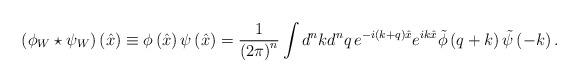
LaTeX: \begin{align*}\left( \phi_W \star \psi_W\right)\left( \hat{x}\right)\equiv\phi\left(\hat{x}\right) \psi\left( \hat{x}\right) = \frac{1}{\left( 2\pi\right)^n}\int d^n k d^nq\, e^{-i(k+q)\hat{x}}e^{ik\hat{x}}\tilde{\phi}\left( q+ k\right)\tilde{\psi}\left( -k\right) .\end{align*}